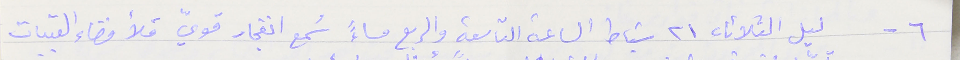
٦ - ليل الثلاثا ٢١ شباط الساعة التاسعة والربع مساءً سُمع انفجار قويّ مَلأ فضاء القبيات